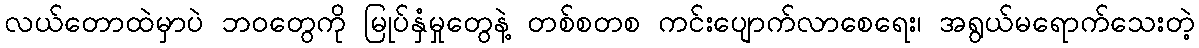
လယ်တောထဲမှာပဲ ဘဝတွေကို မြုပ်နှံမှုတွေနဲ့ တစ်စတစ ကင်းပျောက်လာစေရေး၊ အရွယ်မရောက်သေးတဲ့